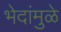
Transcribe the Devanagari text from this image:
भेदांमुळे